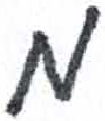
אות: מ